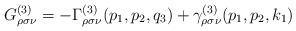
LaTeX: \begin{align*}G_{\rho \sigma \nu }^{(3)}=-\Gamma _{\rho \sigma \nu}^{(3)}(p_1,p_2,q_3)+\gamma _{\rho \sigma \nu }^{(3)}(p_1,p_2,k_1)\end{align*}